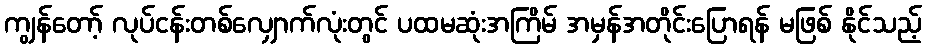
ကျွန်တော့် လုပ်ငန်းတစ်လျှောက်လုံးတွင် ပထမဆုံးအကြိမ် အမှန်အတိုင်းပြောရန် မဖြစ် နိုင်သည့်